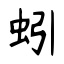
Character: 蚓